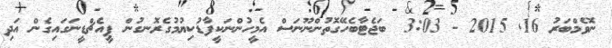
ނޮވެމްބަރު 16